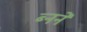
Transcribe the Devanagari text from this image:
ब्नने